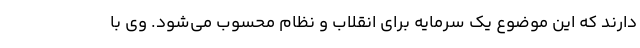
دارند که این موضوع یک سرمایه برای انقلاب و نظام محسوب می‌شود. وی با